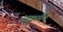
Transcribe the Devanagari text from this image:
अकर्मैन